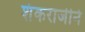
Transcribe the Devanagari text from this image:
शंकराजीने